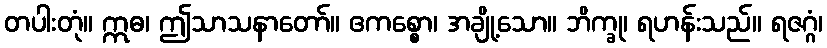
တပါးတုံ။ ဣဓ၊ ဤသာသနာတော်။ ဧကစ္စော၊ အချို့သော။ ဘိက္ခု၊ ရဟန်းသည်။ ရဇဂ္ဂံ၊